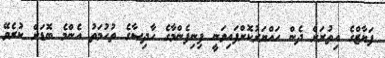
ފަޔާޒްގެ އިތުރަށް ދެން ހައްޔަރުކޮށްފައިވަނީ ފިނިފެންމާގެ ހާދިސާގެ ތުހުމަތު އެންމެ ބޮޑަށް ކުރެވޭ